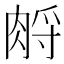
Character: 𦛷